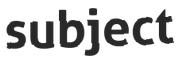
subject